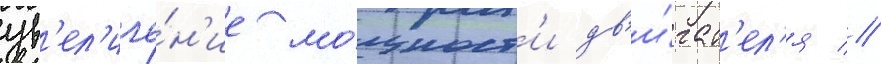
ув'ел'иче́н'ие мо́щност'и дв'и́гат'ел'я //